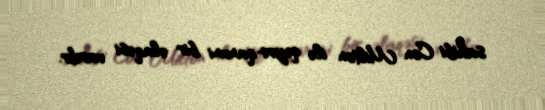
sahibi Con Milton ilə qeyri-qanuni bir əlaqəsi vardır.